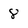
Character: 8